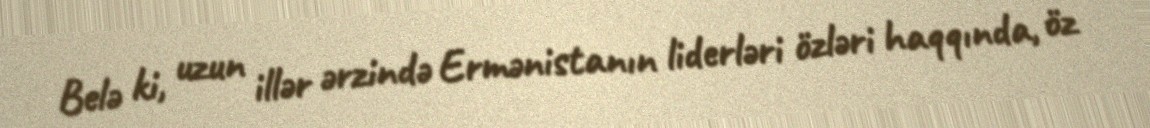
Belə ki, uzun illər ərzində Ermənistanın liderləri özləri haqqında, öz